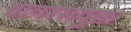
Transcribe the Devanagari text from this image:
वायरसयुक्त